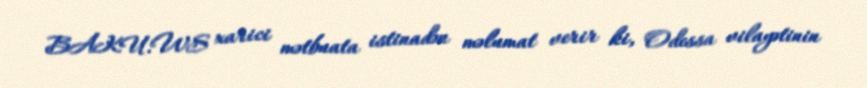
BAKU.WS xarici mətbuata istinadən məlumat verir ki, Odessa vilayətinin